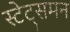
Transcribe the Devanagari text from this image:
स्टेट्समन